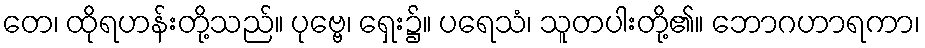
တေ၊ ထိုရဟန်းတို့သည်။ ပုဗ္ဗေ၊ ရှေး၌။ ပရေသံ၊ သူတပါးတို့၏။ ဘောဂဟာရကာ၊